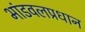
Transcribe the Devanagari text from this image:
भांडवलप्रधान